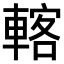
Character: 𨍇